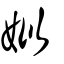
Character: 姒